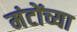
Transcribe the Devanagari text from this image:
मंटोंच्या